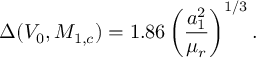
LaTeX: \Delta ( V _ { 0 } , M _ { 1 , c } ) = 1 . 8 6 \left( { \frac { a _ { 1 } ^ { 2 } } { \mu _ { r } } } \right) ^ { 1 / 3 } .